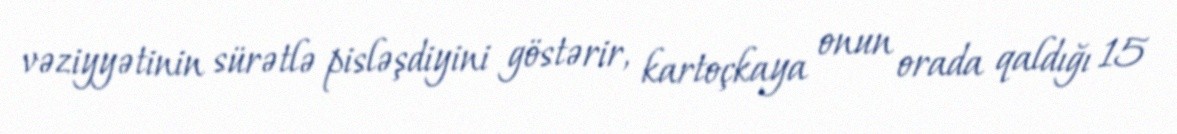
vəziyyətinin sürətlə pisləşdiyini göstərir, kartoçkaya onun orada qaldığı 15